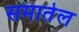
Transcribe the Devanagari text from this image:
समातेल